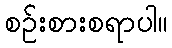
စဉ်းစားစရာပါ။